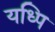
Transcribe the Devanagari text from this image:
यध्पि